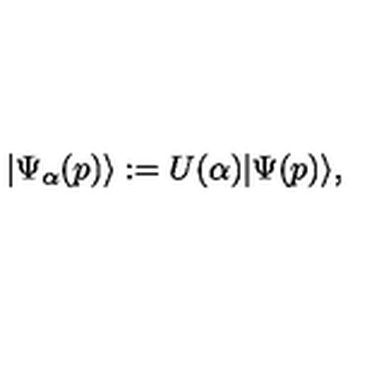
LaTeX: | \Psi _ { \alpha } ( p ) \rangle : = U ( \alpha ) | \Psi ( p ) \rangle ,